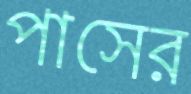
পাসের